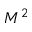
M ^ { 2 }